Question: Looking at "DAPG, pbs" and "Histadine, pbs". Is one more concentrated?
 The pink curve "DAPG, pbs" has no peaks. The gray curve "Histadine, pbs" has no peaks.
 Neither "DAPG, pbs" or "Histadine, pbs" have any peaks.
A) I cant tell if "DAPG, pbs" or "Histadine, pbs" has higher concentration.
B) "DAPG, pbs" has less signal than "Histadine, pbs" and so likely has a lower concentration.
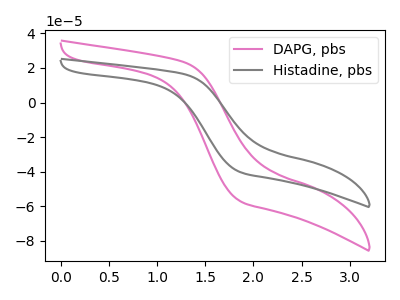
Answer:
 <answer>A) I cant tell if "DAPG, pbs" or "Histadine, pbs" has higher concentration.</answer>
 <eval>A</eval>